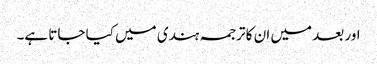
اور بعد میں ان کا ترجمہ ہندی میں کیا جاتا ہے۔